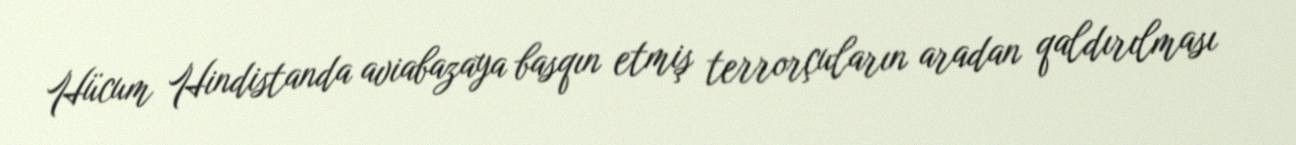
Hücum Hindistanda aviabazaya basqın etmiş terrorçuların aradan qaldırılması